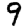
Digit: 9